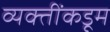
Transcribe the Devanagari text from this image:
व्यक्तींकडूम